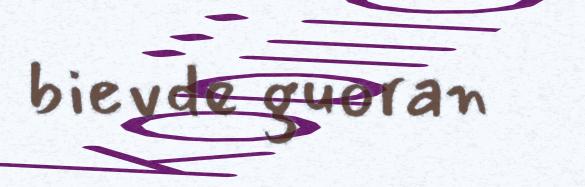
bievde guoran